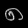
Digit: ၈